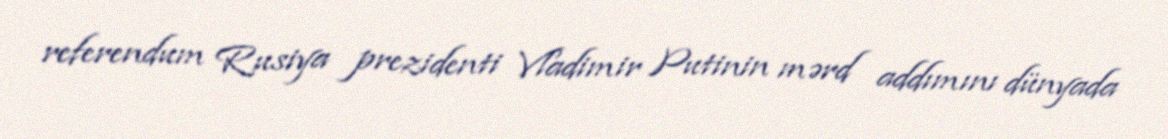
referendum Rusiya prezidenti Vladimir Putinin mərd addımını dünyada